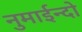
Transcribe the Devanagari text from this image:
नुमाईन्दो